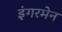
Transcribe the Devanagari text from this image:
इंगरमेन